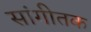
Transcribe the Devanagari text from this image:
सांगीतक